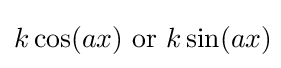
k\cos(ax){\text{ or }}k\sin(ax)\!